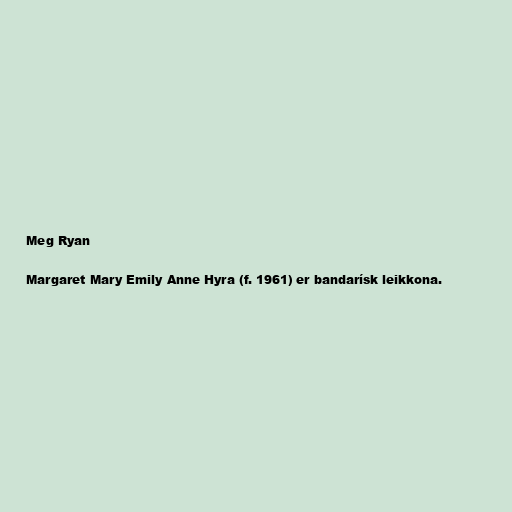
Meg Ryan

Margaret Mary Emily Anne Hyra (f. 1961) er bandarísk leikkona.